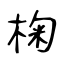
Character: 椈